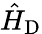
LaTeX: \hat{H}_{\textrm{D}}